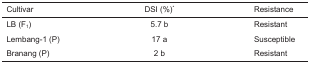
| Cultivar | DSI (%)* | Resistance |
 | --- | --- | --- |
 | LB (F1) | 5.7 b | Resistant |
 | Lembang-1 (P) | 17 a | Susceptible |
 | Branang (P) | 2 b | Resistant |